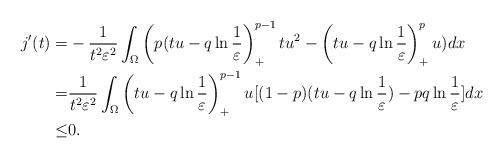
LaTeX: \begin{align*}j'(t)=&-\frac{1}{t^2\varepsilon^2}\int_{\Omega}\left(p(tu-q\ln\frac{1}{\varepsilon}\right)_+^{p-1}tu^2-\left(tu-q\ln\frac{1}{\varepsilon}\right)_+^{p}u)dx\\=&\frac{1}{t^2\varepsilon^2}\int_{\Omega}\left(tu-q\ln\frac{1}{\varepsilon}\right)_+^{p-1}u[(1-p)(tu-q\ln\frac{1}{\varepsilon})-pq\ln\frac{1}{\varepsilon}]dx\\\leq &0.\end{align*}